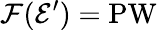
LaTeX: \mathcal{F}({\mathcal{{E}}}^{\prime})=\operatorname{PW}